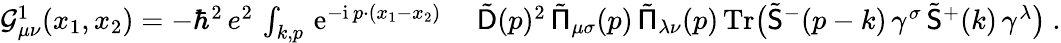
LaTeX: \begin{array}{rl}{\mathcal{G}_{\mu\nu}^{1}(x_{1},x_{2})=-\hbar^{2}\, e^{2}\, \int_{k,p}\, {\mathrm{e}}^{-{\mathrm{i}}\, p\cdot(x_{1}-x_{2})}\ }&{\tilde{\mathsf{D}}(p)^{2}\, \tilde{\mathsf{\Pi}}_{\mu\sigma}(p)\, \tilde{\mathsf{\Pi}}_{\lambda\nu}(p)\, \mathrm{Tr}\big(\tilde{\mathsf{S}}^{-}(p-k)\, \gamma^{\sigma}\, \tilde{\mathsf{S}}^{+}(k)\, \gamma^{\lambda}\big)\ .}\end{array}